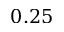
0 . 2 5